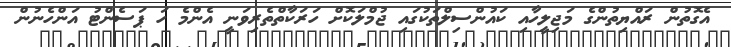
އެގޮތުން ރައްޔިތުންގެ މަޖިލީހާއި ކައުންސިލްތަކުގައި ޖުމްލަކޮށް ހަރަކާތްތެރިވަނީ އެންމެ ހަ ޕަސެންޓު އަންހެނުން